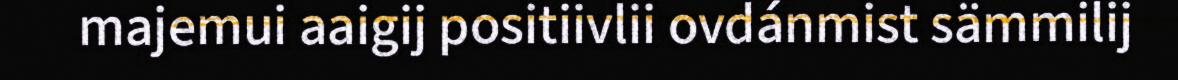
majemui aaigij positiivlii ovdánmist sämmilij